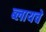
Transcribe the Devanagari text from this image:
ब्लायचे